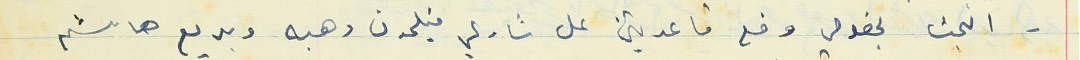
- البجث بخصوص وضع قاعدتين على شارع فيلمون وهبه وبديع هاشم